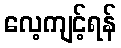
လေ့ကျင့်ရန်